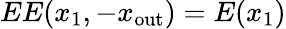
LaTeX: EE(x_{1},-x_{\mathrm{out}})=E(x_{1})